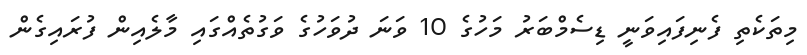
މިތަކެތި ފެނިފައިވަނީ ޑިސެމްބަރު މަހުގެ 10 ވަނަ ދުވަހުގެ ވަގުތެއްގައި މާލެއިން ފުރައިގެން